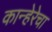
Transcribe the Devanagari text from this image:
कान्हेरेचा